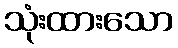
သုံးထားသော